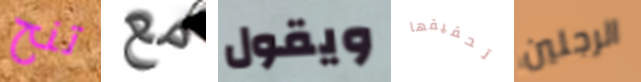
تنح مع ويقول تحقيقها الرجلين